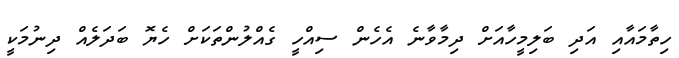
ހިތާމައާއި އަދި ބަލިމީހާއަށް ދިމާވާނެ އެހެން ސިއްހީ ގެއްލުންތަކަށް ހެޔޮ ބަދަލެއް ދިނުމަކީ